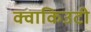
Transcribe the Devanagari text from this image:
क्वाकिउटी